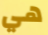
هي